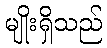
မျိုးရှိသည်